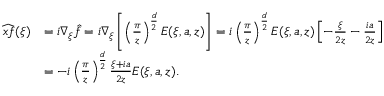
\begin{array} { r l } { \widehat { x f } ( \xi ) } & { = i \nabla _ { \xi } \hat { f } = i \nabla _ { \xi } \left[ \left( \frac { \pi } { z } \right) ^ { \frac { d } { 2 } } E ( \xi , a , z ) \right] = i \left( \frac { \pi } { z } \right) ^ { \frac { d } { 2 } } E ( \xi , a , z ) \left[ - \frac { \xi } { 2 z } - \frac { i a } { 2 z } \right] } \\ & { = - i \left( \frac { \pi } { z } \right) ^ { \frac { d } { 2 } } \frac { \xi + i a } { 2 z } E ( \xi , a , z ) . } \end{array}